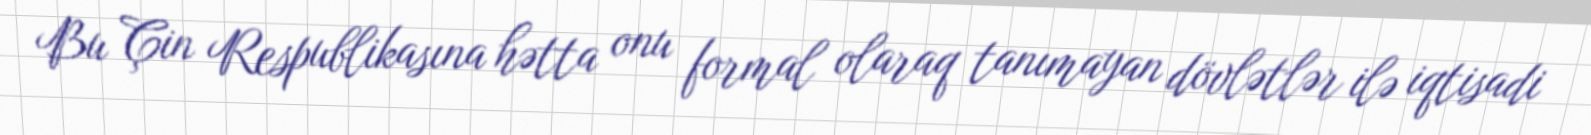
Bu Çin Respublikasına hətta onu formal olaraq tanımayan dövlətlər ilə iqtisadi